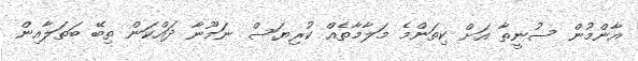
އާންމުން ސުނީތާ އަށް ކިތަންމެ މަލާމާތެއް ކުރިޔަސް ނަމޫނާ ދައްކަން ތިބޭ ބަތަލާއިން